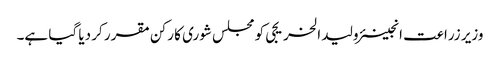
وزیر زراعت انجینئر ولید الخریجی کو مجلس شوری کا رکن مقرر کر دیا گیا ہے۔